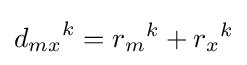
{d_{mx}}^{k}={r_{m}}^{k}+{r_{x}}^{k}